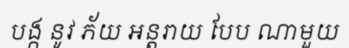
បង្ក នូវ ភ័យ អន្តរាយ បែប ណាមួយ